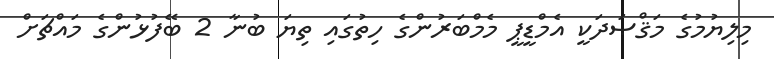
މިލިޔުމުގެ މަޤްޞަދަކީ އެމްޑީޕީ މެމްބަރުންގެ ހިތުގައި ތިޔަ ބުނާ 2 ބޭފުޅުންގެ މައްޗަށް